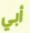
أبي